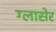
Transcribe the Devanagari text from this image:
ग्लासेर